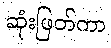
ဆုံးဖြတ်ကာ